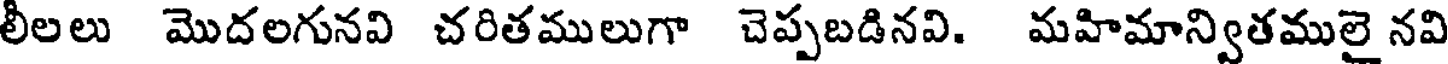
లీలలు మొదలగునవి చరితములుగా చెప్పబడినవి. మహిమాన్వితములై నవి